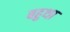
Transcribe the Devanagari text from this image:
बहुथा